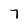
Character: 7